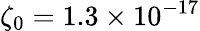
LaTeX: \zeta_{0}=1.3\times 10^{-17}